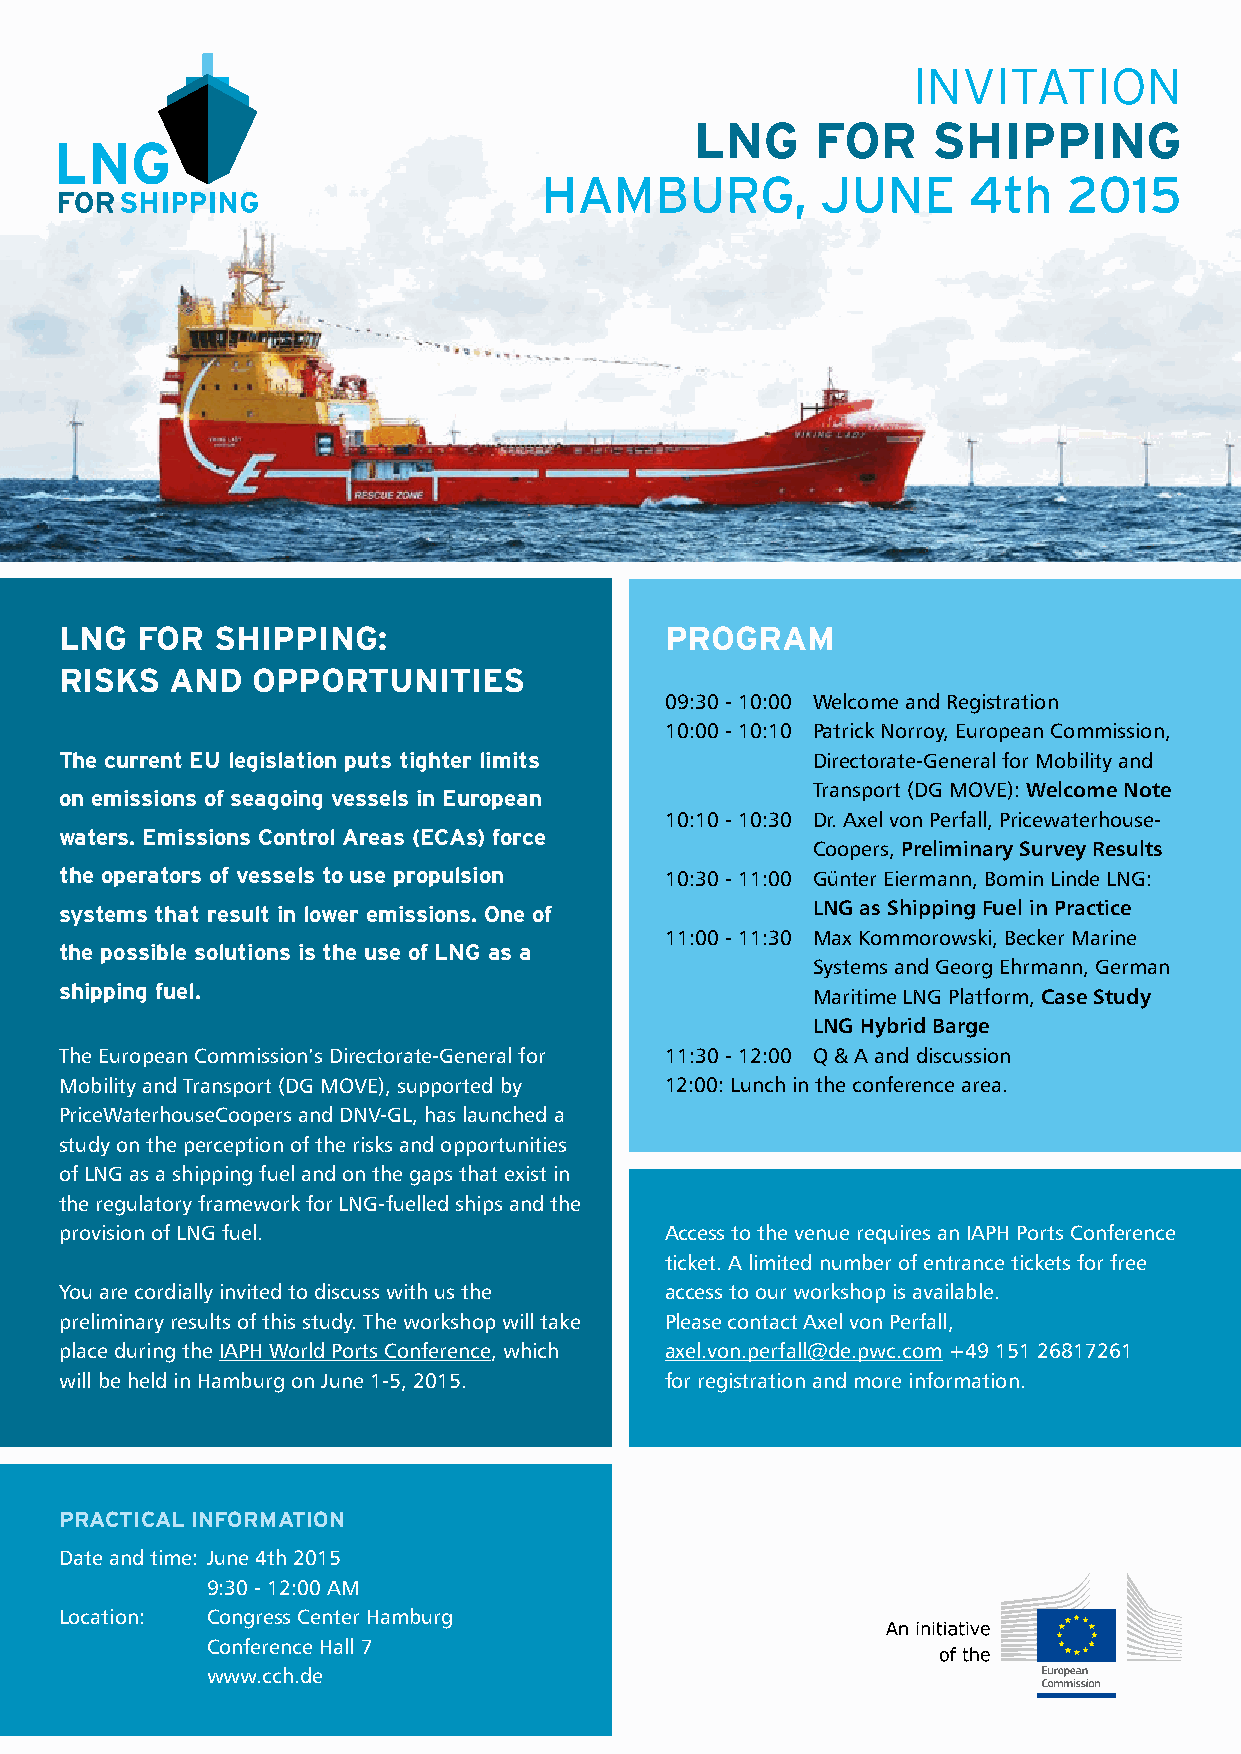
INVITATION
 LNG     FOR     SHIPPING
 HAMBURG,          JUNE      4th    2015
 LNG  FOR  SHIPPING:                     PROGRAM
 RISKS  AND   OPPORTUNITIES
 09:30 - 10:00 Welcome and Registration
 10:00 - 10:10 Patrick Norroy, European Commission,
 The current EU legislation puts tighter limits    Directorate-General for Mobility and
 Transport (DG MOVE): Welcome Note
 on emissions of seagoing vessels in European
 10:10 - 10:30 Dr. Axel von Perfall, Pricewaterhouse-
 waters. Emissions Control Areas (ECAs) force
 Coopers, Preliminary Survey Results
 the operators of vessels to use propulsion 10:30 - 11:00 Günter Eiermann, Bomin Linde LNG:
 systems that result in lower emissions. One of    LNG as Shipping Fuel in Practice
 11:00 - 11:30 Max Kommorowski, Becker Marine
 the possible solutions is the use of LNG as a
 Systems and Georg Ehrmann, German
 shipping fuel.
 Maritime LNG Platform, Case Study
 LNG Hybrid Barge
 The European Commission’s Directorate-General for 11:30 - 12:00 Q & A and discussion
 Mobility and Transport (DG MOVE), supported by 12:00: Lunch in the conference area.
 PriceWaterhouseCoopers and DNV-GL, has launched a
 study on the perception of the risks and opportunities
 of LNG as a shipping fuel and on the gaps that exist in
 the regulatory framework for LNG-fuelled ships and the
 provision of LNG fuel.                  Access to the venue requires an IAPH Ports Conference
 ticket. A limited number of entrance tickets for free
 You are cordially invited to discuss with us the access to our workshop is available.
 preliminary results of this study. The workshop will take Please contact Axel von Perfall,
 place during the IAPH World Ports Conference, which axel.von.perfall@de.pwc.com +49 151 26817261
 will be held in Hamburg on June 1-5, 2015. for registration and more information.
 PRACTICAL INFORMATION
 Date and time: June 4th 2015
 9:30 - 12:00 AM
 Location: Congress Center Hamburg
 Conference Hall 7
 www.cch.de